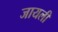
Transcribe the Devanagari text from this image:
जायली